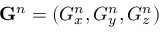
\mathbf { G } ^ { n } = ( G _ { x } ^ { n } , G _ { y } ^ { n } , G _ { z } ^ { n } )